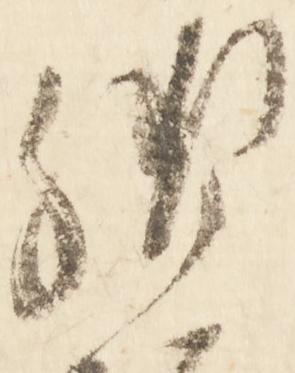
御